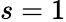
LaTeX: s=1